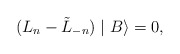
\begin{align*}(L_n-\tilde{ L}_{-n})\mid B\rangle=0,\end{align*}